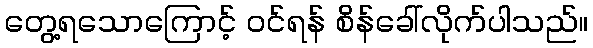
တွေ့ရသောကြောင့် ဝင်ရန် စိန်ခေါ်လိုက်ပါသည်။